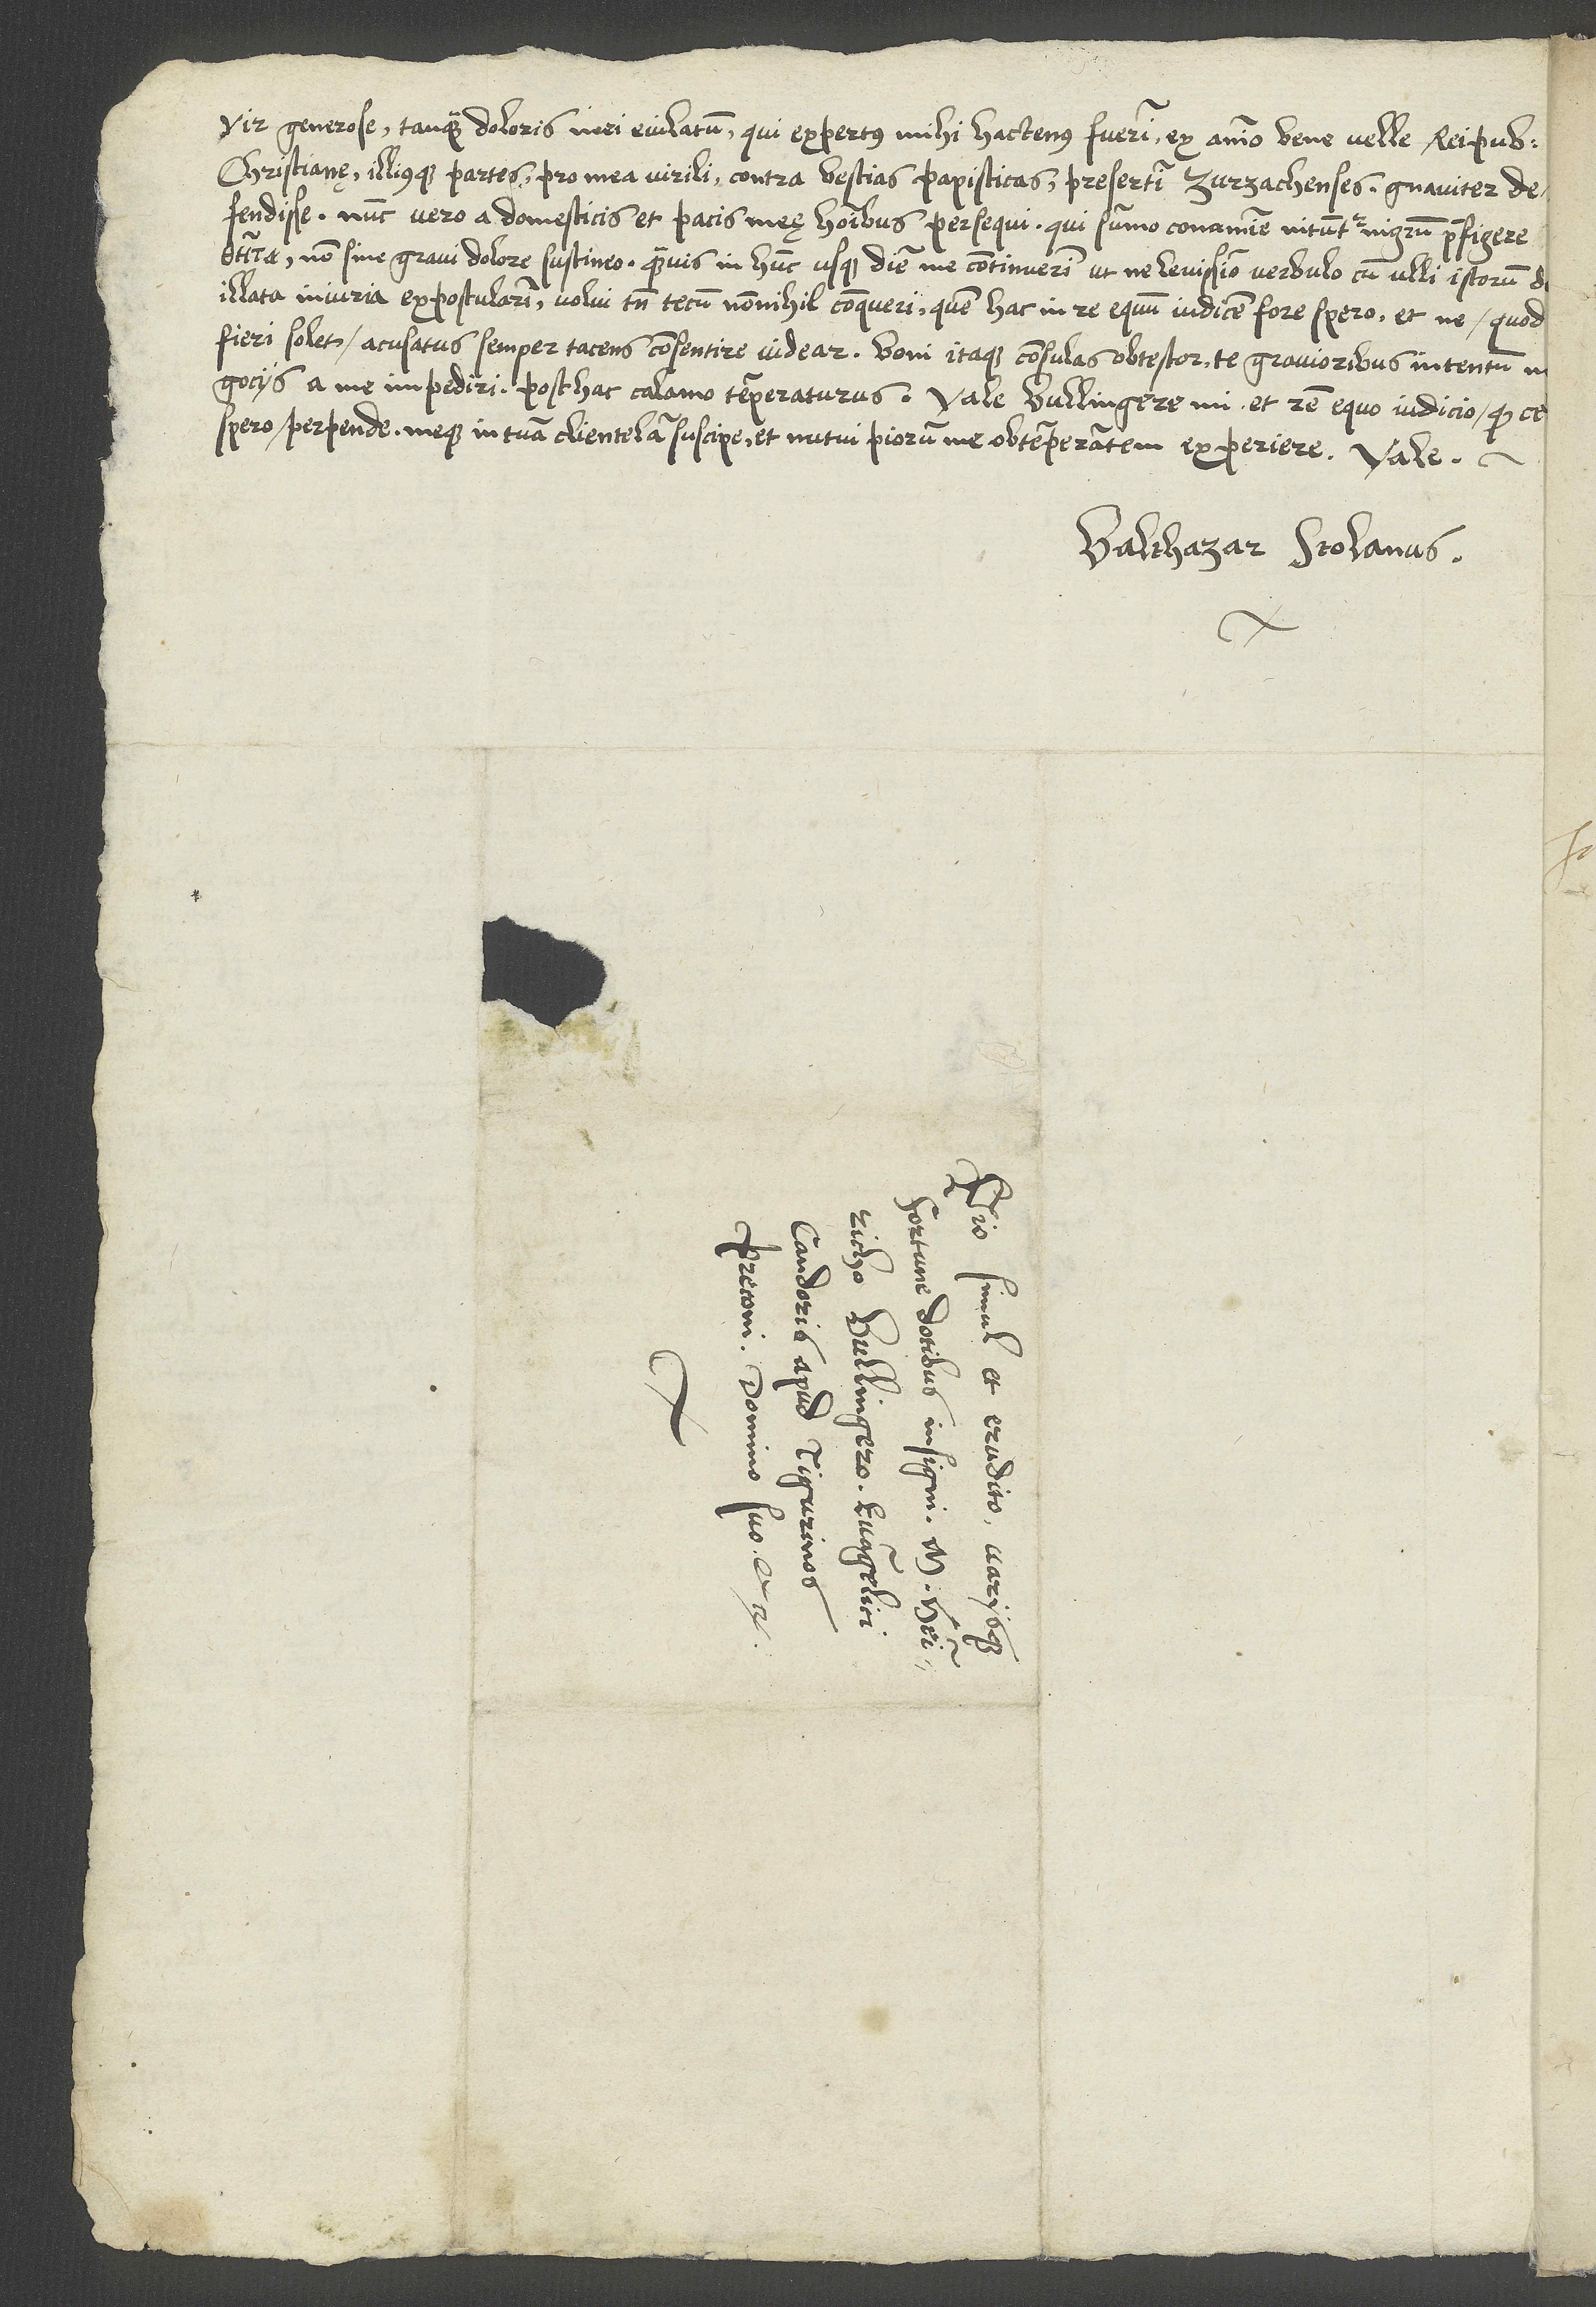
vir generose, tanquam doloris mei eiulatum, qui expertus hactenus fuerim ex animo bene velle reipublicae
defendisse. Nunc vero a domesticis et pacis meę hominibus persequi, qui summo conamine nituntur nigrum praefigere
illata iniuria expostularim, volui tamen tecum nonnihil conqueri, quem hac in re equum iudicem fore spero, et ne, quod
fieri solet, acusatus semper tacens consentire videar. Boni itaque consulas, obtestor, te gravioribus intentum
spero, perpende meque in tuam clientelam suscipe, et nutui piorum me obtemperantem experiere.
Balthazar Stolanus.
S.